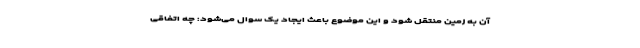
آن به زمین منتقل شود و این موضوع باعث ایجاد یک سوال می‌شود: چه اتفاقی